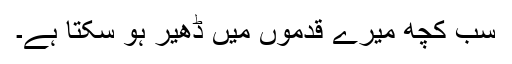
سب کچھ میرے قدموں میں ڈھیر ہو سکتا ہے۔